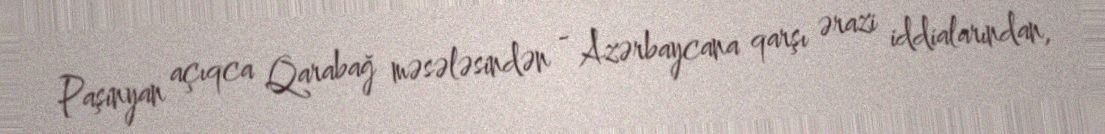
Paşinyan açıqca Qarabağ məsələsindən - Azərbaycana qarşı ərazi iddialarından,